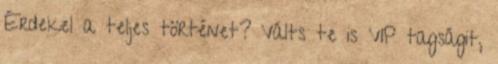
Érdekel a teljes történet? Válts te is VIP tagságit,